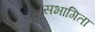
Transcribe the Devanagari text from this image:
सभागिता